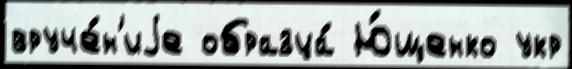
вруче́н'иjе образца́ Ю́щенко укр